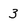
Character: 3